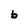
Character: b